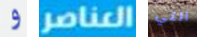
و العناصر التي